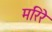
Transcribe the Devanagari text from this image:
मरिरे